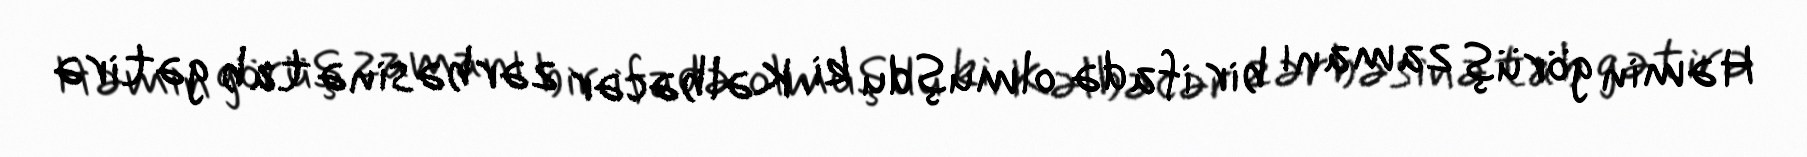
Həmin görüş zamanı bir ifadə olmuşdu ki, Kəlbəcər zərbəsinə tab gətirə